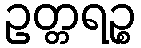
ဥတ္တရဉ္စ